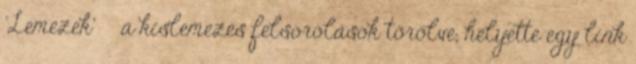
'Lemezek' » a kislemezes felsorolások törölve, helyette egy link